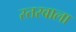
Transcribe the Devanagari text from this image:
स्तरवाला